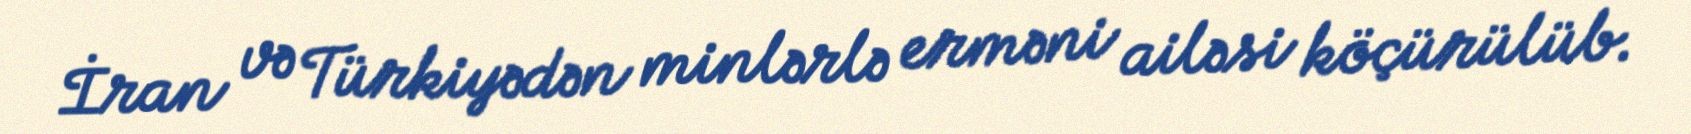
İran və Türkiyədən minlərlə erməni ailəsi köçürülüb.